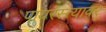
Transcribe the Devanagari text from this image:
पायरस्त्यावर